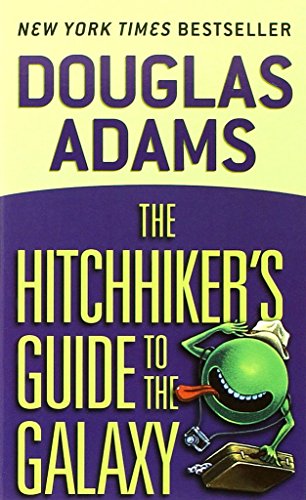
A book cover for The Hitchhiker's Guide to the Galaxy; Douglas Adams; Comics & Graphic Novels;